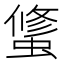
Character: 𰳑